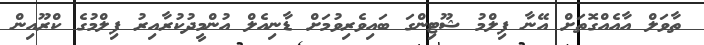
ތާވަލް އާއެއްގޮތަށް އޭނާ ފިލްމު ޝޫޓިންގަ ބައިވެރިވުމަށް ޑާނިއެލް އުންމީދުކުރާއިރު ފިލްމުގެ ކްރޫއިން